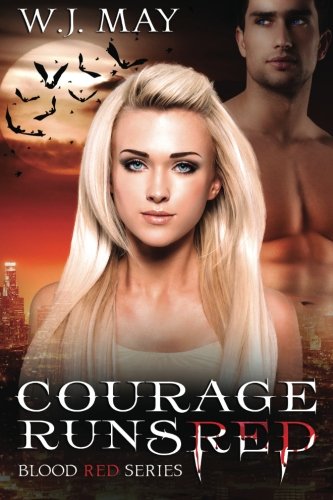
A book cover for Courage Runs Red (Blood Red Series) (Volume 1); W.J. May; Science Fiction & Fantasy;